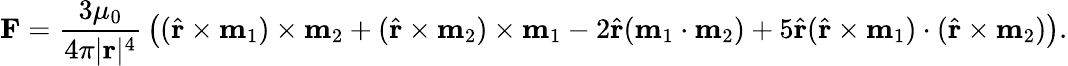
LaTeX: \mathbf{F}={\frac{3\mu_{0}}{4\pi|\mathbf{r}|^{4}}}\left(({\hat{\mathbf{r}}}\times\mathbf{m}_{1})\times\mathbf{m}_{2}+({\hat{\mathbf{r}}}\times\mathbf{m}_{2})\times\mathbf{m}_{1}-2{\hat{\mathbf{r}}}(\mathbf{m}_{1}\cdot\mathbf{m}_{2})+5{\hat{\mathbf{r}}}({\hat{\mathbf{r}}}\times\mathbf{m}_{1})\cdot({\hat{\mathbf{r}}}\times\mathbf{m}_{2})\right).